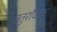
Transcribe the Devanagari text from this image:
स्तुर्रोक्क